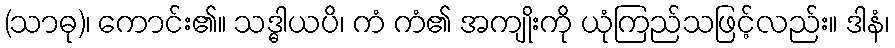
(သာဓု)၊ ကောင်း၏။ သဒ္ဓါယပိ၊ ကံ ကံ၏ အကျိုးကို ယုံကြည်သဖြင့်လည်း။ ဒါနံ၊